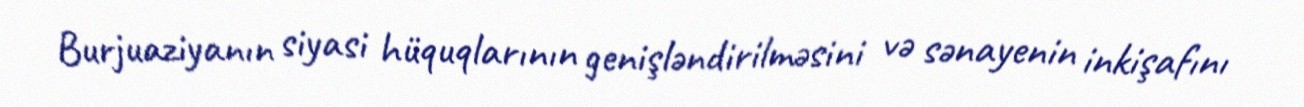
Burjuaziyanın siyasi hüquqlarının genişləndirilməsini və sənayenin inkişafını